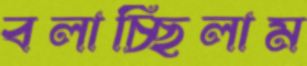
বলাচ্ছিলাম